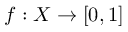
f : X \to [ 0 , 1 ]